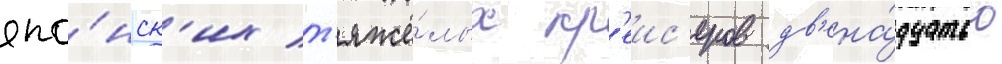
япо́нск'их т'яжё́лых кр'еис'еров дв'ена́дцатью